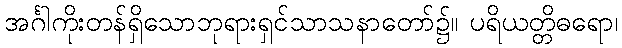
အင်္ဂါကိုးတန်ရှိသောဘုရားရှင်သာသနာတော်၌။ ပရိယတ္တိဓရော၊